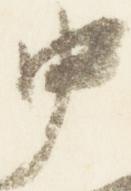
中